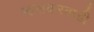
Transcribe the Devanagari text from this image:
म्हसकरवाडी